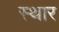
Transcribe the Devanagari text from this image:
स्थार